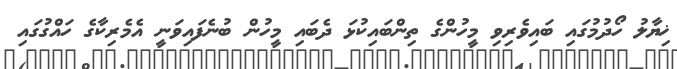
ޚިޔާލު ހޯދުމުގައި ބައިވެރިވި މީހުންގެ ތިންބައިކުޅަ ދެބައި މީހުން ބުނެފައިވަނީ އެމެރިކާގެ ހައްގުގައި